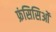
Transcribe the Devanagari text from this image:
फ्रंसिसिओं